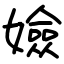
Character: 嬐